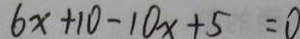
6 x + 1 0 - 1 0 x + 5 = 0